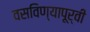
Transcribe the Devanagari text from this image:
वसविण्यापूर्वी